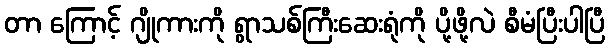
တာ ကြောင့် ဂျိုကားကို ရွာသစ်ကြီးဆေးရုံကို ပို့ဖို့လဲ စီမံပြီးပါပြီ